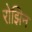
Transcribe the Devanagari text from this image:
रोझिन